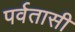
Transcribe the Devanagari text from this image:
पर्वतासी